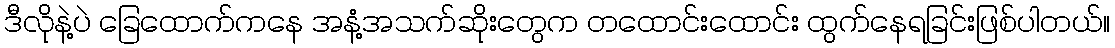
ဒီလိုနဲ့ပဲ ခြေထောက်ကနေ အနံ့အသက်ဆိုးတွေက တထောင်းထောင်း ထွက်နေရခြင်းဖြစ်ပါတယ်။